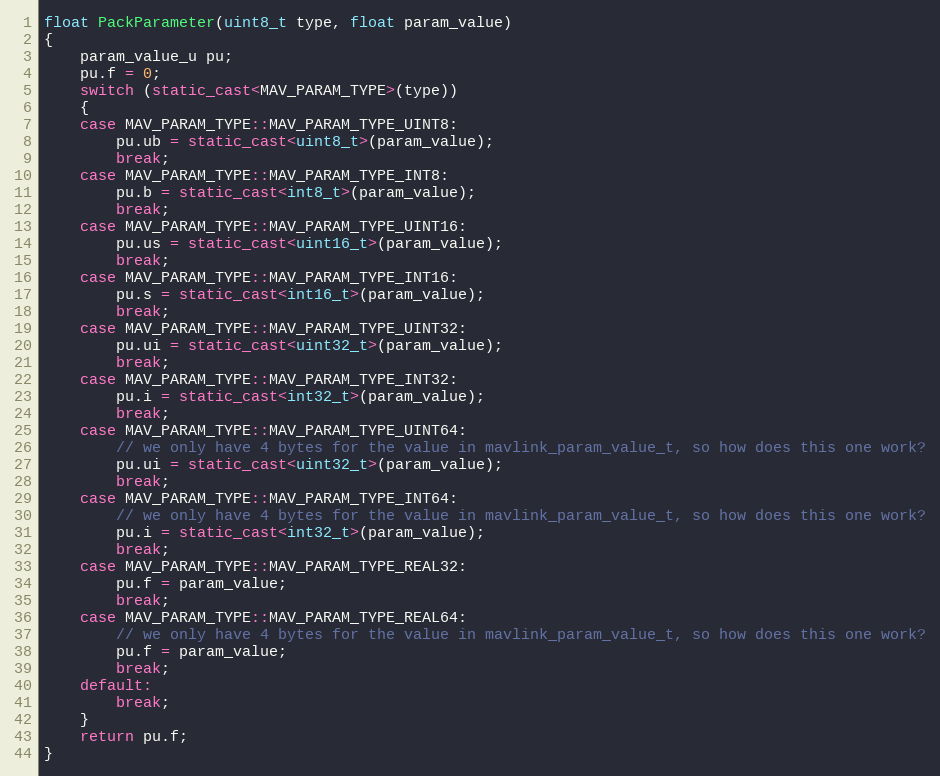
Language: C++
float PackParameter(uint8_t type, float param_value)
{
    param_value_u pu;
    pu.f = 0;
    switch (static_cast<MAV_PARAM_TYPE>(type))
    {
    case MAV_PARAM_TYPE::MAV_PARAM_TYPE_UINT8:
        pu.ub = static_cast<uint8_t>(param_value);
        break;
    case MAV_PARAM_TYPE::MAV_PARAM_TYPE_INT8:
        pu.b = static_cast<int8_t>(param_value);
        break;
    case MAV_PARAM_TYPE::MAV_PARAM_TYPE_UINT16:
        pu.us = static_cast<uint16_t>(param_value);
        break;
    case MAV_PARAM_TYPE::MAV_PARAM_TYPE_INT16:
        pu.s = static_cast<int16_t>(param_value);
        break;
    case MAV_PARAM_TYPE::MAV_PARAM_TYPE_UINT32:
        pu.ui = static_cast<uint32_t>(param_value);
        break;
    case MAV_PARAM_TYPE::MAV_PARAM_TYPE_INT32:
        pu.i = static_cast<int32_t>(param_value);
        break;
    case MAV_PARAM_TYPE::MAV_PARAM_TYPE_UINT64:
        // we only have 4 bytes for the value in mavlink_param_value_t, so how does this one work?
        pu.ui = static_cast<uint32_t>(param_value);
        break;
    case MAV_PARAM_TYPE::MAV_PARAM_TYPE_INT64:
        // we only have 4 bytes for the value in mavlink_param_value_t, so how does this one work?
        pu.i = static_cast<int32_t>(param_value);
        break;
    case MAV_PARAM_TYPE::MAV_PARAM_TYPE_REAL32:
        pu.f = param_value;
        break;
    case MAV_PARAM_TYPE::MAV_PARAM_TYPE_REAL64:
        // we only have 4 bytes for the value in mavlink_param_value_t, so how does this one work?
        pu.f = param_value;
        break;
    default:
        break;
    }
    return pu.f;
}